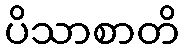
ပိသာစာတိ